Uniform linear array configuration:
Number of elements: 48
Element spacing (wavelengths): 0.75
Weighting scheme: cosine
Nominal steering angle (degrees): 45
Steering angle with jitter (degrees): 46.552
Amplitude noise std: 0.05
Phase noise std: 0.05

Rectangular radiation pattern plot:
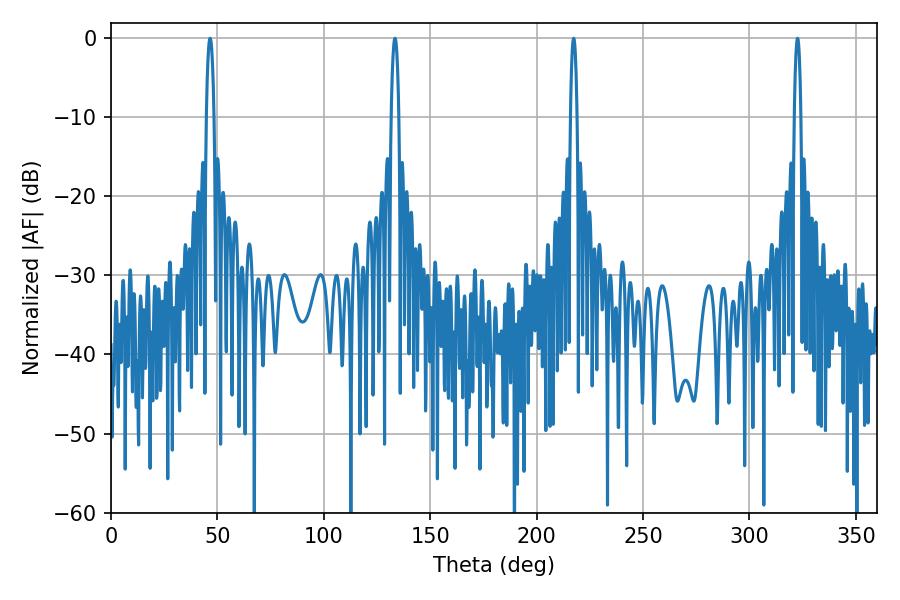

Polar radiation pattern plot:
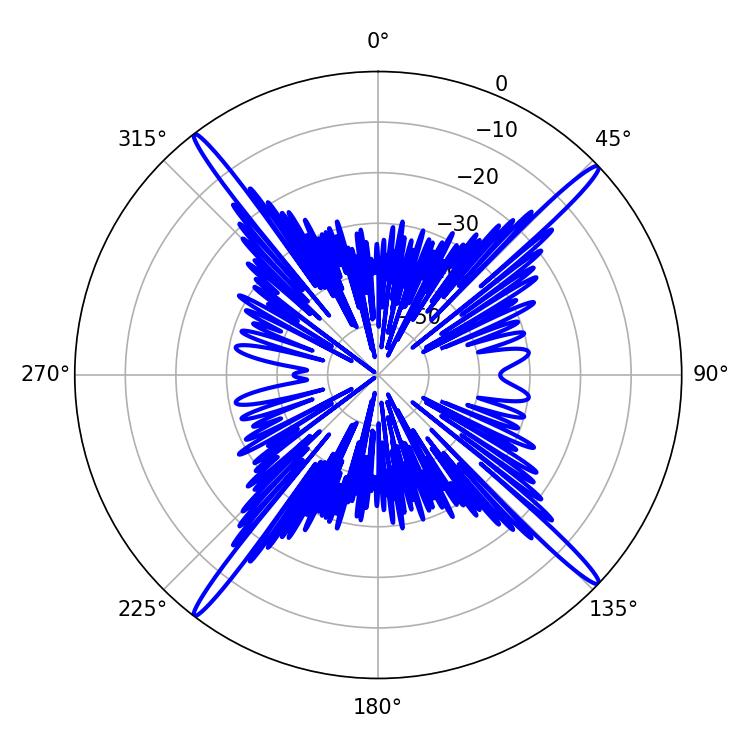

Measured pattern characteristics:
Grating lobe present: TRUE
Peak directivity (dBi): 20.848
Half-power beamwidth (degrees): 1.62
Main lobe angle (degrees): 322.56